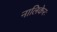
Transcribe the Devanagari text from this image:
नालिकेरः